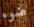
ضوء